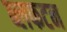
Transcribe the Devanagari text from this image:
ब्लफटन